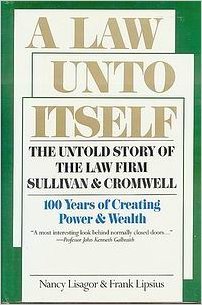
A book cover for A Law Unto Itself: The Untold Story of the Law Firm of Sullivan and Cromwell; Nancy Lisagor; Business & Money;